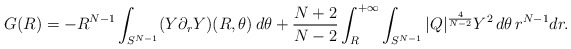
\begin{align*} G(R)=-R^{N-1}\int_{S^{N-1}} (Y\partial_r Y)(R,\theta)\,d\theta+\frac{N+2}{N-2}\int_R^{+\infty} \int_{S^{N-1}} |Q|^{\frac{4}{N-2}}Y^2\,d\theta\,r^{N-1}dr. \end{align*}